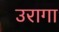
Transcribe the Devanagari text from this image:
उरागा